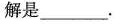
的解是___.